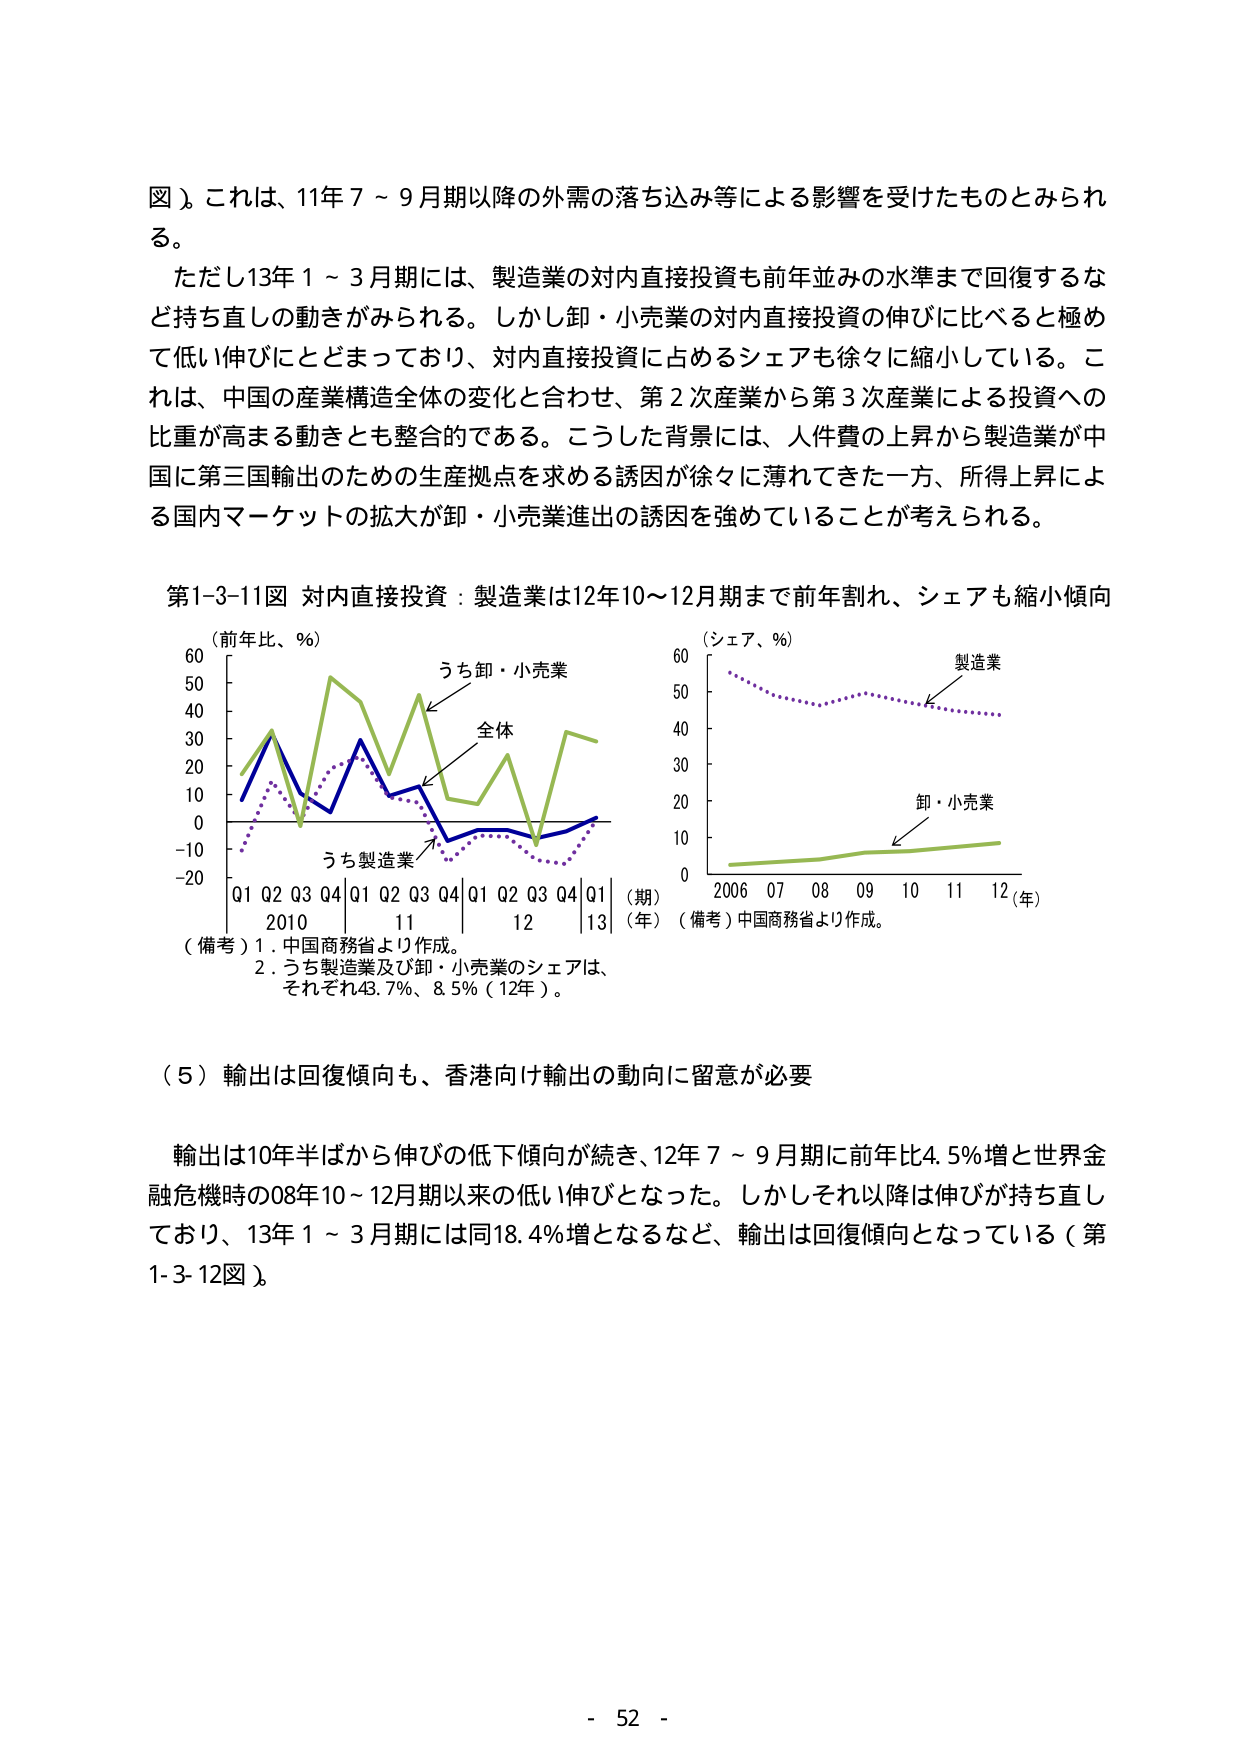
図）。これは、11年7～9月期以降の外需の落ち込み等による影響を受けたものとみられる。

ただし13年1～3月期には、製造業の対内直接投資も前年並みの水準まで回復するなど持ち直しの動きがみられる。しかし卸・小売業の対内直接投資の伸びに比べると極めて低い伸びにとどまっており、対内直接投資に占めるシェアも徐々に縮小している。これは、中国の産業構造全体の変化と合わせ、第2次産業から第3次産業による投資への比重が高まる動きとも整合的である。こうした背景には、人件費の上昇から製造業が中国に第三国輸出のための生産拠点を求める誘因が徐々に薄れてきた一方、所得上昇による国内マーケットの拡大が卸・小売業進出の誘因を強めていることが考えられる。

第1-3-11図 対内直接投資：製造業は12年10～12月期まで前年割れ、シェアも縮小傾向

（前年比、％）
60
50
40
30
20
10
0
-10
-20
Q1 Q2 Q3 Q4 Q1 Q2 Q3 Q4 Q1 Q2 Q3 Q4 Q1
2010 11 12 13
（期）
（年）
うち卸・小売業
全体
うち製造業

（備考）1．中国商務省より作成。
2．うち製造業及び卸・小売業のシェアは、
それぞれ43.7％、8.5％（12年）。

（シェア、％）
60
50
40
30
20
10
0
2006 07 08 09 10 11 12
（年）
製造業
卸・小売業

（備考）中国商務省より作成。

（5）輸出は回復傾向も、香港向け輸出の動向に留意が必要

輸出は10年半ばから伸びの低下傾向が続き、12年7～9月期に前年比4.5％増と世界金融危機時の08年10～12月期以来の低い伸びとなった。しかしそれ以降は伸びが持ち直しており、13年1～3月期には同18.4％増となるなど、輸出は回復傾向となっている（第1-3-12図）。

- 52 -